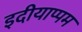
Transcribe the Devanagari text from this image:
इदीयाप्पम